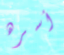
أسره